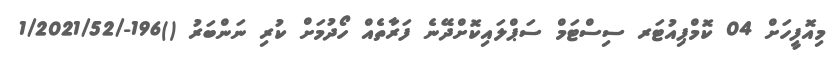
މިއޮފީހަށް 04 ކޮމްޕިއުޓަރ ސިސްޓަމް ސަޕްލައިކޮށްދޭނެ ފަރާތެއް ހޯދުމަށް ކުރި ނަންބަރު ()196-/1/2021/52